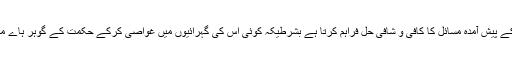
بنا بریں یہ قیامت تک کے پیش آمدہ مسائل کا کافی و شافی حل فراہم کرتا ہے بشرطیکہ کوئی اس کی گہرائیوں میں غوّاصی کرکے حکمت کے گوہر ہاے مایہ تلاش کرنے والا ہو۔